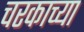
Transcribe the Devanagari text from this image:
चरकाच्या